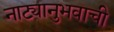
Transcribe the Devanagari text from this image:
नाट्यानुभवाची